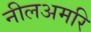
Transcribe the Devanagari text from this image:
नीलअमरि